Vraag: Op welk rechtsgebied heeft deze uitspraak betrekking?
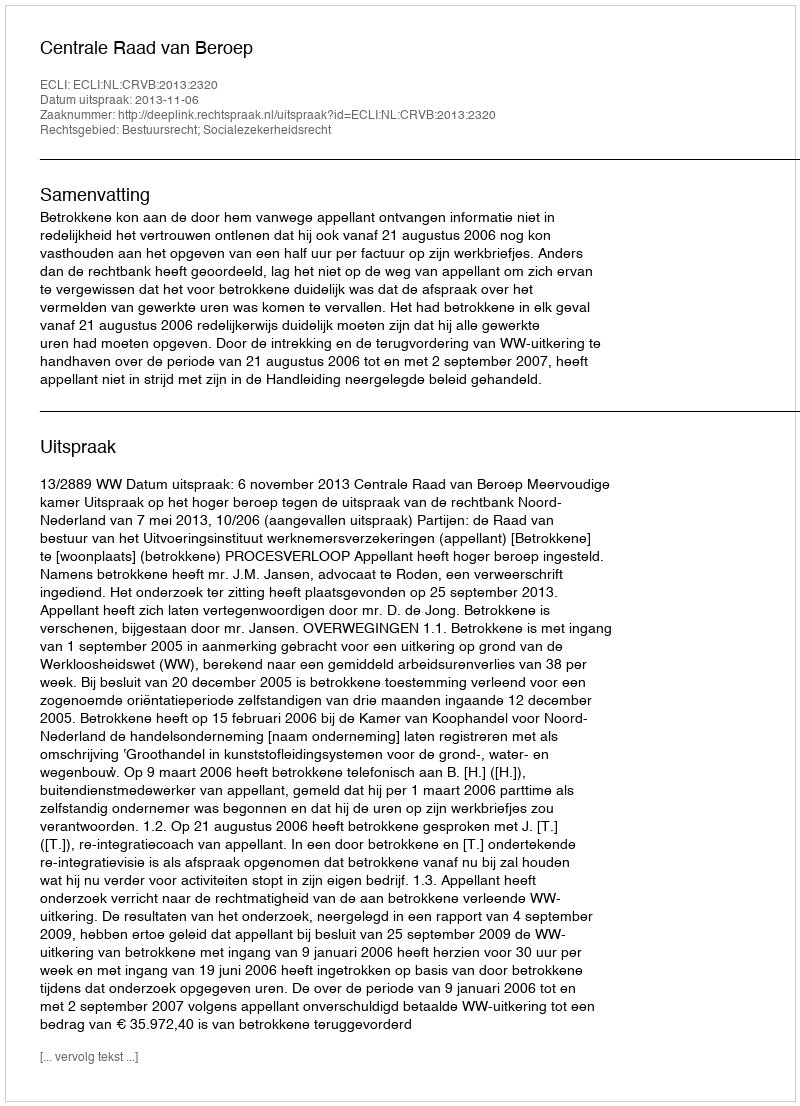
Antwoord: Bestuursrecht; Socialezekerheidsrecht